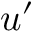
u ^ { \prime }